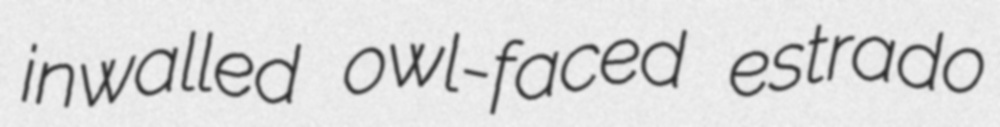
inwalled owl-faced estrado